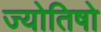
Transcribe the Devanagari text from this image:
ज्योतिषो